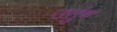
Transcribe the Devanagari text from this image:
उतुंग